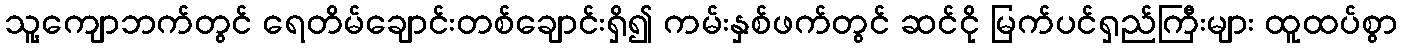
သူ့ကျောဘက်တွင် ရေတိမ်ချောင်းတစ်ချောင်းရှိ၍ ကမ်းနှစ်ဖက်တွင် ဆင်ငို မြက်ပင်ရှည်ကြီးများ ထူထပ်စွာ